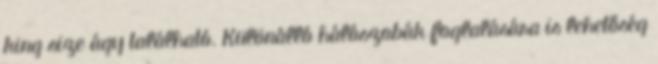
king size ágy található. Különálló hálószobák foglalására is lehetőség